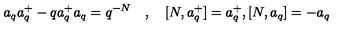
a _ { q } a _ { q } ^ { + } - q a _ { q } ^ { + } a _ { q } = q ^ { - N } \quad , \quad [ N , a _ { q } ^ { + } ] = a _ { q } ^ { + } , [ N , a _ { q } ] = - a _ { q }